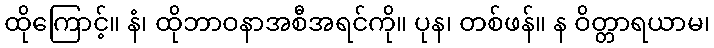
ထိုကြောင့်။ နံ၊ ထိုဘာဝနာအစီအရင်ကို။ ပုန၊ တစ်ဖန်။ န ဝိတ္တာရယာမ၊